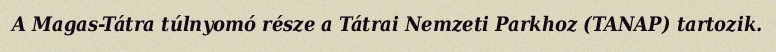
A Magas-Tátra túlnyomó része a Tátrai Nemzeti Parkhoz (TANAP) tartozik.